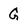
Character: G